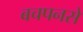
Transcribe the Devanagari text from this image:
बचपनसे